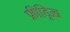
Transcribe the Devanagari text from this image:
फ्रीड्रिख़